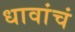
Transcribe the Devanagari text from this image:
धावांचं